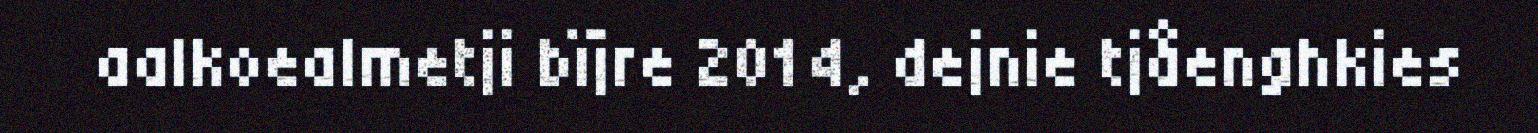
aalkoealmetji bïjre 2014, dejnie tjåenghkies